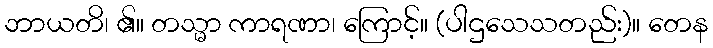
ဘာယတိ၊ ၏။ တသ္မာ ကာရဏာ၊ ကြောင့်။ (ပါဌသေသတည်း)။ တေန